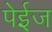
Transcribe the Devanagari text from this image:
पेईज